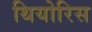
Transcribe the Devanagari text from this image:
थियोरिस